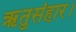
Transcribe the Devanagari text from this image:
ऋतुसंहार।